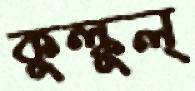
কুল্‌কুল্‌